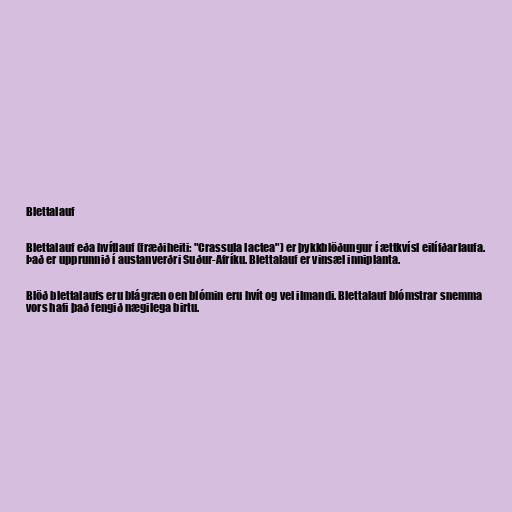
Blettalauf

Blettalauf eða hvítlauf (fræðiheiti: "Crassula lactea") er þykkblöðungur í ættkvísl eilífðarlaufa.
Það er upprunnið í austanverðri Suður-Afríku. Blettalauf er vinsæl inniplanta.

Blöð blettalaufs eru blágræn oen blómin eru hvít og vel ilmandi. Blettalauf blómstrar snemma
vors hafi það fengið nægilega birtu.